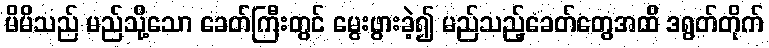
မိမိသည် မည်သို့သော ခေတ်ကြီးတွင် မွေးဖွားခဲ့၍ မည်သည့်ခေတ်တွေအထိ ဒရွတ်တိုက်